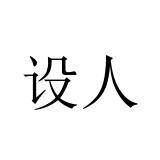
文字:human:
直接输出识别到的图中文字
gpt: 设人